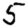
Digit: 5